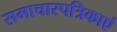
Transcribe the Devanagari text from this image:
समाचारपत्रिकाएं